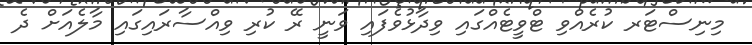
މިނިސްޓަރ ކުރެއްވި ޓްވީޓެއްގައި ވިދާޅުވެފައި ވަނީ ރޭ ކުރި ވިއްސާރައިގައި މާލެއަށް ދެ